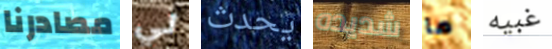
مصادرنا لي يحدث شديده ما غبيه